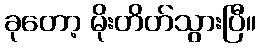
ခုတော့ မိုးတိတ်သွားပြီ။